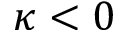
\kappa < 0